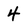
Character: 4